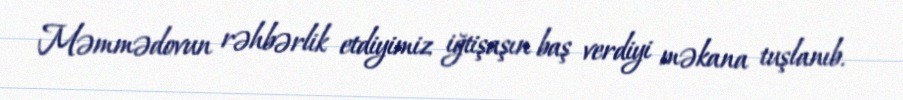
Məmmədovun rəhbərlik etdiyimiz iğtişaşın baş verdiyi məkana tuşlanıb.